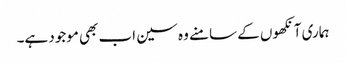
ہماری آنکھوں کے سامنے وہ سین اب بھی موجود ہے۔